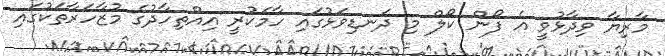
މާރިޔާ ވިދާޅުވީ އެ ފޯން ކޯލް މި ދަނޑިވަޅުގައި ހާމަކުރީ އިއްތިހާދުގެ މުޒާހަރާތަކުގައި